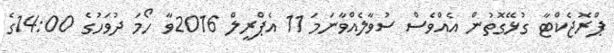
ޕްރޮޖެކްޓާ ގުޅޭގޮތުން އެއްވެސް ސުވާލެއްވާނަމަ 11 އެޕްރީލް 2016ވާ ހޯމަ ދުވަހުގެ 14:00ގެ